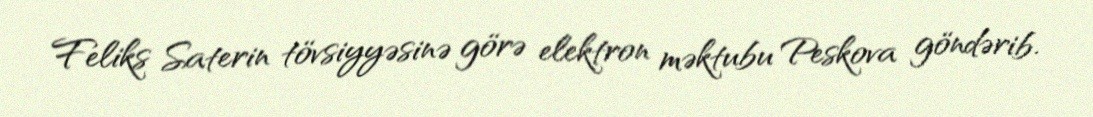
Feliks Saterin tövsiyyəsinə görə elektron məktubu Peskova göndərib.